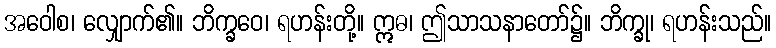
အဝေါစ၊ လျှောက်၏။ ဘိက္ခဝေ၊ ရဟန်းတို့။ ဣဓ၊ ဤသာသနာတော်၌။ ဘိက္ခု၊ ရဟန်းသည်။